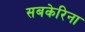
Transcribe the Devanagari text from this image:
सबकेरिना